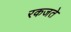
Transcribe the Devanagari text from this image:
रकजते